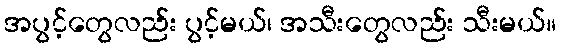
အပွင့်တွေလည်း ပွင့်မယ်၊ အသီးတွေလည်း သီးမယ်။